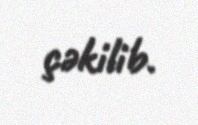
çəkilib.